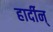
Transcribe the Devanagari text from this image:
हार्दीन्